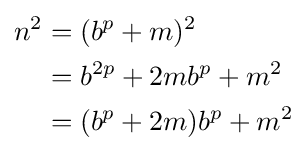
{\begin{aligned}n^{2}&=(b^{p}+m)^{2}\\&=b^{2p}+2mb^{p}+m^{2}\\&=(b^{p}+2m)b^{p}+m^{2}\\\end{aligned}}